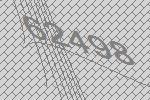
62498